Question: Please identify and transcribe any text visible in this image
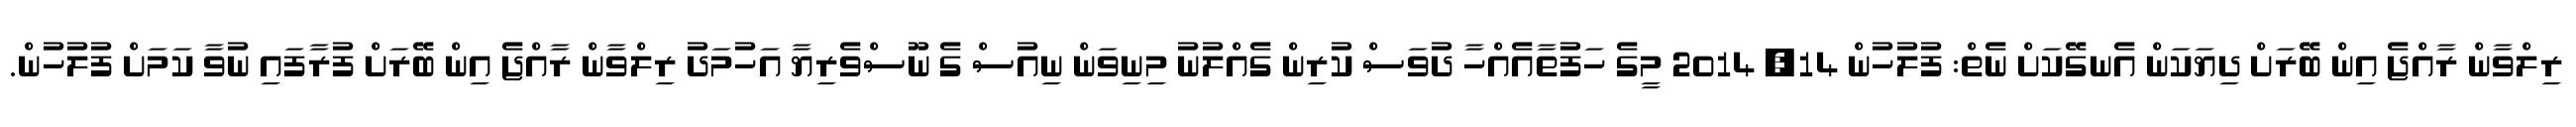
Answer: ރިލްވާން ރާއްޖެ އިން ބޭރަށް ދިޔަކަން އެނގޭކަށް ނެތް: ފުލުހުން 14, 2014 މީގެ ހަފުތާއެއްހާ ދުވަސް ކުރިން ގެއްލުނު މިނިވަން ނިއުސް ގެ ނޫސްވެރިޔާ އަހުމަދު ރިލްވާން ރާއްޖެ އިން ބޭރަށް ފުރާފައި ނުވާ ކަމަށް ފުލުހުން.